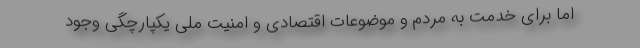
اما برای خدمت به مردم و موضوعات اقتصادی و امنیت ملی یکپارچگی وجود